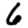
Digit: 6